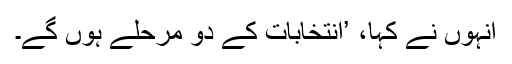
انہوں نے کہا، ’انتخابات کے دو مرحلے ہوں گے۔